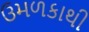
ઉમળકાથી